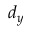
d _ { y }